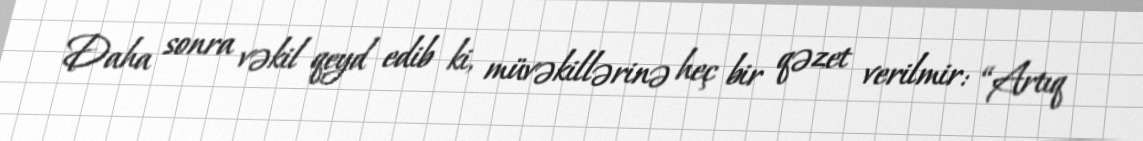
Daha sonra vəkil qeyd edib ki, müvəkillərinə heç bir qəzet verilmir: “Artıq